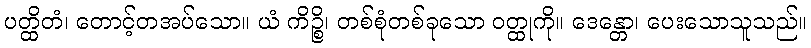
ပတ္ထိတံ၊ တောင့်တအပ်သော။ ယံ ကိဉ္စိ၊ တစ်စုံတစ်ခုသော ဝတ္ထုကို။ ဒေန္တော၊ ပေးသောသူသည်။